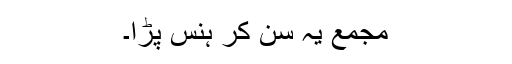
مجمع یہ سن کر ہنس پڑا۔